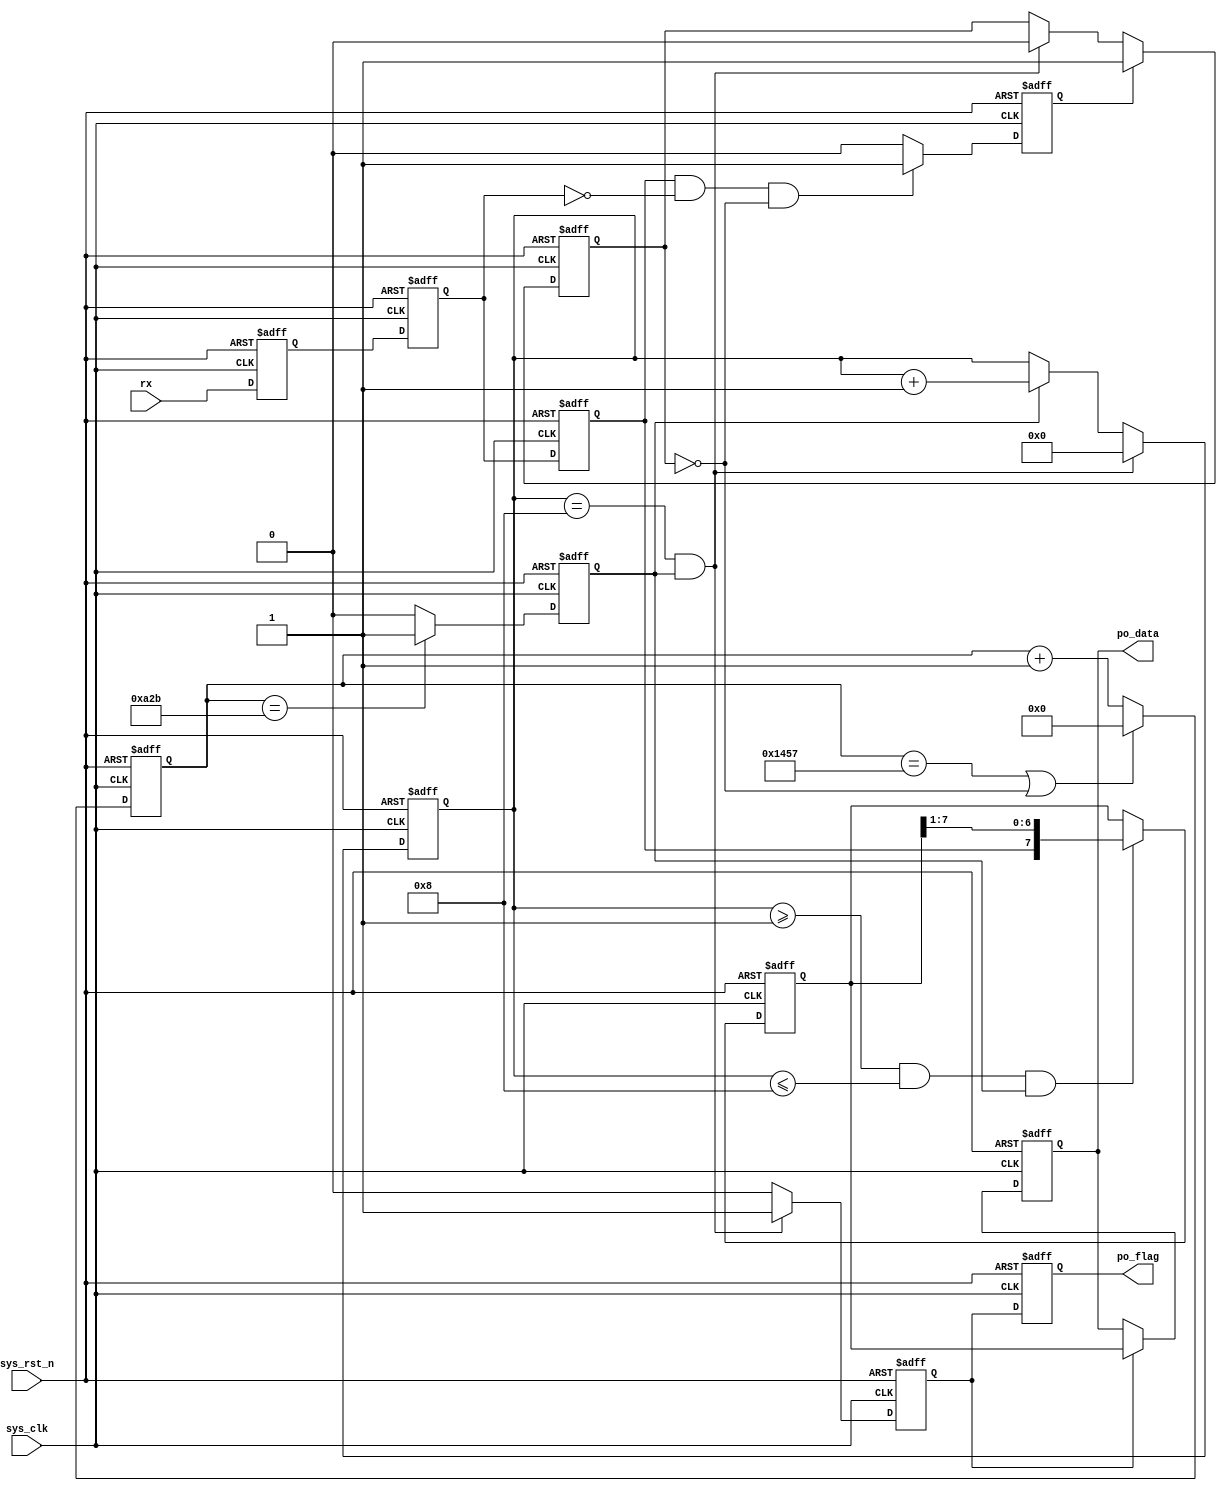
module  uart_rx
#(
    parameter   UART_BPS    =   'd9600      ,
    parameter   CLK_FREQ    =   'd50_000_000
)
(
    input   wire            sys_clk     ,
    input   wire            sys_rst_n   ,
    input   wire            rx          ,

    output  reg     [7:0]   po_data     ,
    output  reg             po_flag
);

parameter   BAUD_CNT_MAX    =   CLK_FREQ / UART_BPS;

reg             rx_reg1     ;
reg             rx_reg2     ;
reg             rx_reg3     ;
reg             start_flag  ;
reg             work_en     ;
reg     [15:0]  baud_cnt    ;
reg             bit_flag    ;
reg     [3:0]   bit_cnt     ;
reg     [7:0]   rx_data     ;
reg             rx_flag     ;

always@(posedge sys_clk or negedge sys_rst_n)
    if(sys_rst_n == 1'b0)
        rx_reg1 <=  1'b1;
    else
        rx_reg1 <=  rx;

always@(posedge sys_clk or negedge sys_rst_n)
    if(sys_rst_n == 1'b0)
        rx_reg2 <=  1'b1;
    else
        rx_reg2 <=  rx_reg1;

always@(posedge sys_clk or negedge sys_rst_n)
    if(sys_rst_n == 1'b0)
        rx_reg3 <=  1'b1;
    else
        rx_reg3 <=  rx_reg2;

always@(posedge sys_clk or negedge sys_rst_n)
    if(sys_rst_n == 1'b0)
        start_flag  <=  1'b0;
    else    if((rx_reg3 == 1'b1) && (rx_reg2 == 1'b0) && (work_en == 1'b0))
        start_flag  <=  1'b1;
    else
        start_flag  <=  1'b0;

always@(posedge sys_clk or negedge sys_rst_n)
    if(sys_rst_n == 1'b0)
        work_en <=  1'b0;
    else    if(start_flag == 1'b1)
        work_en <=  1'b1;
    else    if((bit_cnt == 4'd8) && (bit_flag == 1'b1))
        work_en <=  1'b0;
    else
        work_en <=  work_en;

always@(posedge sys_clk or negedge sys_rst_n)
    if(sys_rst_n == 1'b0)
        baud_cnt    <=  16'd0;
    else    if((baud_cnt == BAUD_CNT_MAX - 1) || (work_en == 1'b0))
        baud_cnt    <=  16'd0;
    else
        baud_cnt    <=  baud_cnt + 1'b1;

always@(posedge sys_clk or negedge sys_rst_n)
    if(sys_rst_n == 1'b0)
        bit_flag    <=  1'b0;
    else    if(baud_cnt == BAUD_CNT_MAX / 2 - 1)
        bit_flag    <=  1'b1;
    else
        bit_flag    <=  1'b0;

always@(posedge sys_clk or negedge sys_rst_n)
    if(sys_rst_n == 1'b0)
        bit_cnt <=  4'd0;
    else    if((bit_cnt == 4'd8) && (bit_flag == 1'b1))
        bit_cnt <=  4'd0;
    else    if(bit_flag == 1'b1)
        bit_cnt <=  bit_cnt + 1'b1;

always@(posedge sys_clk or negedge sys_rst_n)
    if(sys_rst_n == 1'b0)
        rx_data <=  8'b0;
    else    if((bit_cnt >= 4'd1) && (bit_cnt <= 4'd8) && (bit_flag == 1'b1))
        rx_data <=  {rx_reg3,rx_data[7:1]};

always@(posedge sys_clk or negedge sys_rst_n)
    if(sys_rst_n == 1'b0)
        rx_flag <=  1'b0;
    else    if((bit_cnt == 4'd8) && (bit_flag == 1'b1))
        rx_flag <=  1'b1;
    else
        rx_flag <=  1'b0;

always@(posedge sys_clk or negedge sys_rst_n)
    if(sys_rst_n == 1'b0)
        po_data <=  8'b0;
    else    if(rx_flag == 1'b1)
        po_data <=  rx_data;

always@(posedge sys_clk or negedge sys_rst_n)
    if(sys_rst_n == 1'b0)
        po_flag <=  1'b0;
    else
        po_flag <=  rx_flag;

endmodule